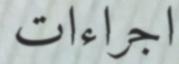
اجراءات